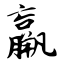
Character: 羸